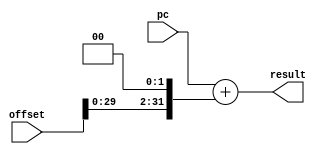

module pcadder(pc, offset, result);
parameter PC_WIDTH=32;

input [PC_WIDTH-1:0] pc;
input [PC_WIDTH-1:0] offset;
output [PC_WIDTH-1:0] result;

wire dum;

assign {dum,result} = pc + {offset[PC_WIDTH-3:0],2'b0};

endmodule